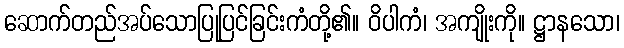
ဆောက်တည်အပ်သောပြုပြင်ခြင်းကံတို့၏။ ဝိပါကံ၊ အကျိုးကို။ ဋ္ဌာနသော၊